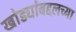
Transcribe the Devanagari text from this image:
खोड्यांबद्दलच्या